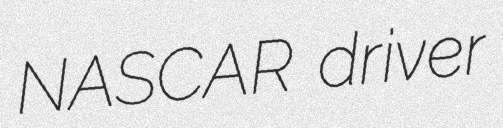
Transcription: NASCAR driver